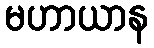
မဟာယာန